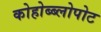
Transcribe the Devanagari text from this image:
कोहोब्ब्लोपोट